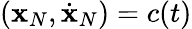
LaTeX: ({\mathbf x}_{N},\dot{\mathbf x}_{N})=c(t)